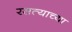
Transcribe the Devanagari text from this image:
रसत्याच्या